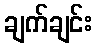
ချက်ချင်း